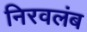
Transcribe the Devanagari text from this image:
निरवलंब